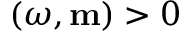
( { \boldsymbol \omega } , { \bf m } ) > 0